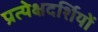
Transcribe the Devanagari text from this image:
प्रत्येक्षदर्शियों